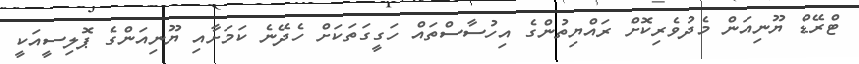
ޓްރޭޑް ޔޫނިއަން މެދުވެރިކޮށް ރައްޔިތުންގެ އިހުސާސްތައް ހަގީގަތަކަށް ހެދޭނެ ކަމަށާއި ޔޫނިއަންގެ ޕޮލިސީއަކީ